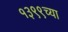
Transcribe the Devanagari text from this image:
१३९९च्या